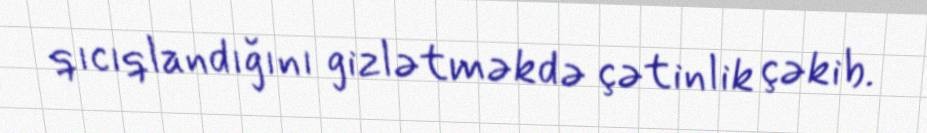
qıcıqlandığını gizlətməkdə çətinlik çəkib.